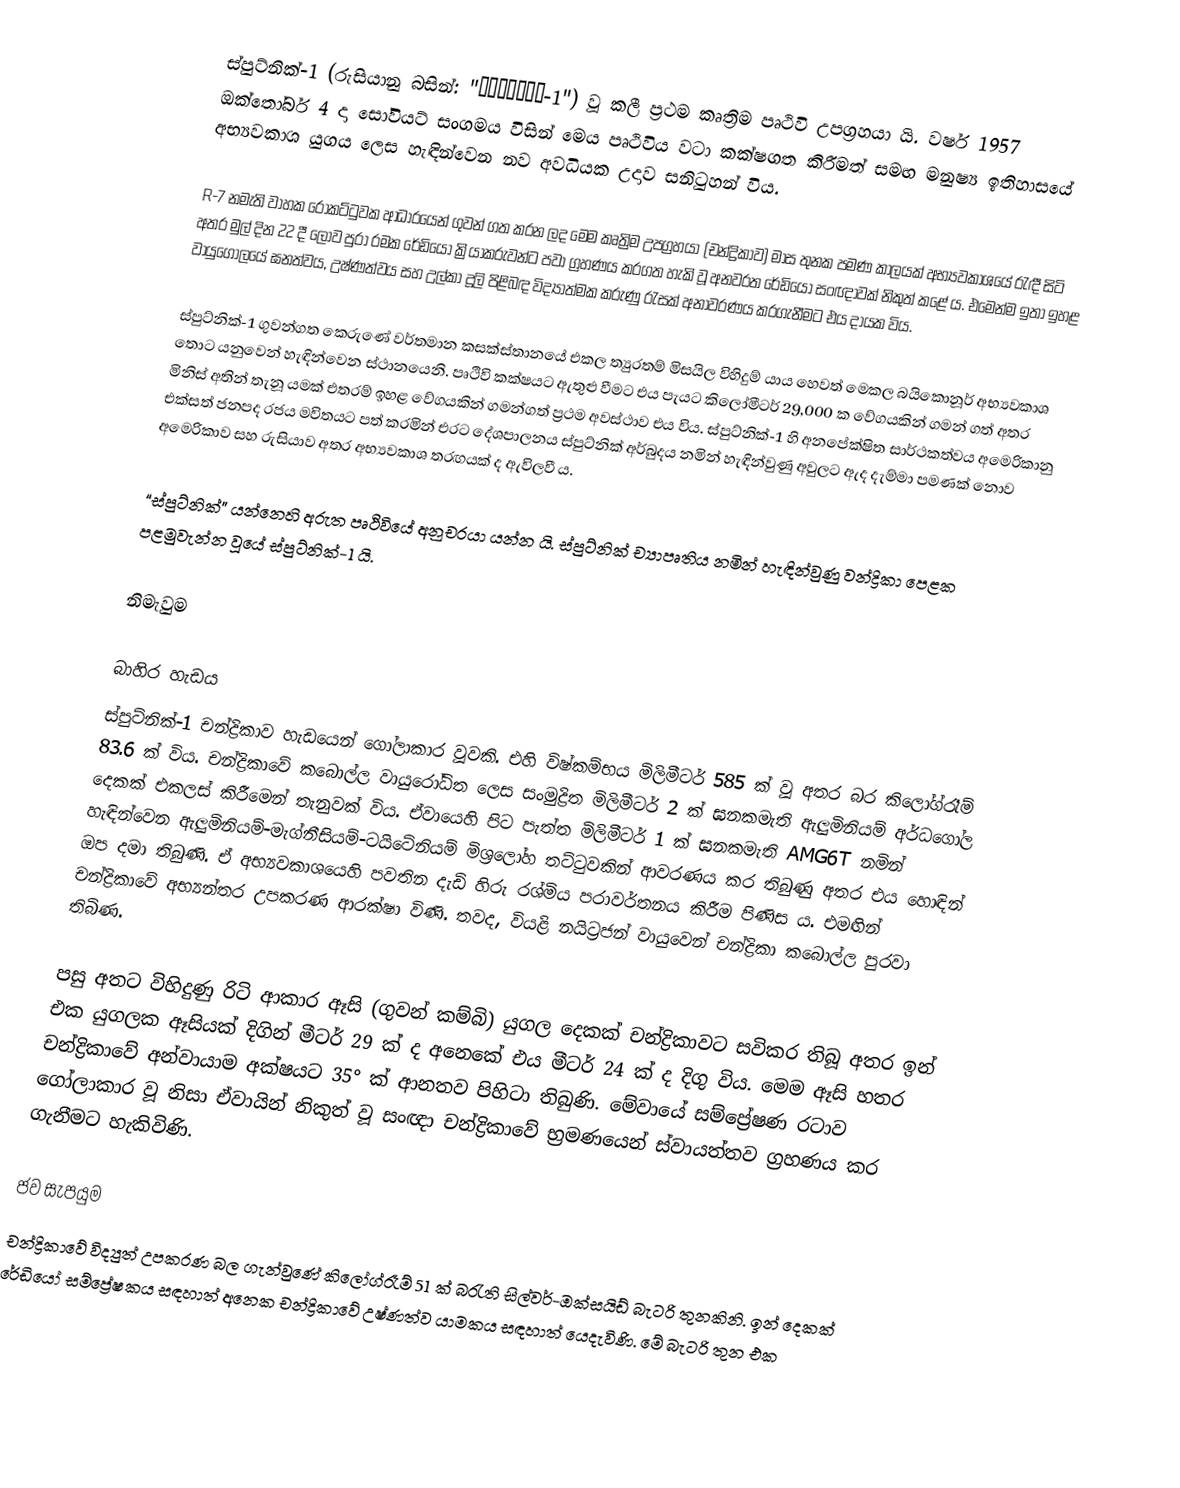
ස්පුට්නික්-1 (රුසියානු බසින්: "Спутник-1") වූ කලී ප්‍රථම කෘත්‍රිම පෘථිවි උපග්‍රහයා යි. වර්ෂ 1957 ඔක්තෝබර් 4 දා සෝවියට් සංගමය විසින් මෙය පෘථිවිය වටා කක්ෂගත කිරීමත් සමඟ මනුෂ්‍ය ඉතිහාසයේ අභ්‍යවකාශ යුගය ලෙස හැඳින්වෙන නව අවධියක උදාව සනිටුහන් විය.

R-7 නමැති වාහක රොකට්ටුවක ආධාරයෙන් ගුවන් ගත කරන ලද මෙම කෘත්‍රිම උපග්‍රහයා (චන්ද්‍රිකාව) මාස තුනක පමණ කාලයක් අභ්‍යවකාශයේ රැඳී සිටි අතර මුල් දින 22 දී ලොව පුරා රමක රේඩියෝ ක්‍රියාකරුවන්ට පවා ග්‍රහණය කරගත හැකි වූ අනවරත රේඩියෝ සංඥාවක් නිකුත් කළේ ය. එමෙන්ම ඉතා ඉහළ වායුගෝලයේ ඝනත්වය, උෂ්ණත්වය සහ උල්කා දූලි පිළිබඳ විද්‍යාත්මක කරුණු රැසක් අනාවරණය කරගැනීමට එය දායක විය.

ස්පුට්නික්-1 ගුවන්ගත කෙරුණේ වර්තමාන කසක්ස්තානයේ එකල ත්‍යුරතම් මිසයිල විහිදුම් යාය හෙවත් මෙකල බයිකොනූර් අභ්‍යවකාශ තොට යනුවෙන් හැඳින්වෙන ස්ථානයෙනි. පෘථිවි කක්ෂයට ඇතුළු වීමට එය පැයට කිලෝමීටර් 29,000 ක වේගයකින් ගමන් ගත් අතර මිනිස් අතින් තැනූ යමක් එතරම් ඉහළ වේගයකින් ගමන්ගත් ප්‍රථම අවස්ථාව එය විය. ස්පුට්නික්-1 හි අනපේක්ෂිත සාර්ථකත්වය අමෙරිකානු එක්සත් ජනපද රජය මවිතයට පත් කරමින් එරට දේශපාලනය ස්පුට්නික් අර්බුදය නමින් හැඳින්වුණු අවුලට ඇද දැම්මා පමණක් නොව අමෙරිකාව සහ රුසියාව අතර අභ්‍යවකාශ තරඟයක් ද ඇවිලවී ය.

“ස්පුට්නික්” යන්නෙහි අරුත පෘථිවියේ අනුචරයා යන්න යි. ස්පුට්නික් ච්‍යාපෘතිය නමින් හැඳින්වුණු වන්ද්‍රිකා පෙළක පළමුවැන්න වූයේ ස්පුට්නික්-1 යි.

නිමැවුම

බාහිර හැඩය
ස්පුට්නික්-1 චන්ද්‍රිකාව හැඩයෙන් ගෝලාකාර වූවකි. එහි විෂ්කම්භය මිලිමීටර් 585 ක් වූ අතර බර කිලෝග්රෑම් 83.6 ක් විය. චන්ද්‍රිකාවේ කබොල්ල වායුරෝධිත ලෙස සංමුද්‍රිත මිලිමීටර් 2 ක් ඝනකමැති ඇලුමිනියම් අර්ධගෝල දෙකක් එකලස් කිරීමෙන් තැනුවක් විය. ඒවායෙහි පිට පැත්ත මිලිමීටර් 1 ක් ඝනකමැති AMG6T නමින් හැඳින්වෙන ඇලුමිනියම්-මැග්නීසියම්-ටයිටේනියම් මිශ්‍රලෝහ තට්ටුවකින් ආවරණය කර තිබුණු අතර එය හොඳින් ඔප දමා තිබුණි. ඒ අභ්‍යවකාශයෙහි පවතින දැඩි හිරු රශ්මිය පරාවර්තනය කිරීම පිණිස ය. එමඟින් චන්ද්‍රිකාවේ අභ්‍යන්තර උපකරණ ආරක්ෂා විණි. තවද, වියළි නයිට්‍රජන් වායුවෙන් චන්ද්‍රිකා කබොල්ල පුරවා තිබිණ.

පසු අතට විහිදුණු රිටි ආකාර ඈසි (ගුවන් කම්බි) යුගල දෙකක් චන්ද්‍රිකාවට සවිකර තිබූ අතර ඉන් එක යුගලක ඈසියක් දිගින් මීටර් 29 ක් ද අනෙකේ එය මීටර් 24 ක් ද දිගු විය. මෙම ඈසි හතර චන්ද්‍රිකාවේ අන්වායාම අක්ෂයට 35° ක් ආනතව පිහිටා තිබුණි. මේවායේ සම්ප්‍රේෂණ රටාව ගෝලාකාර වූ නිසා ඒවායින් නිකුත් වූ සංඥා චන්ද්‍රිකාවේ භ්‍රමණයෙන් ස්වායත්තව ග්‍රහණය කර ගැනීමට හැකිවිණි.

ජව සැපයුම
චන්ද්‍රිකාවේ විද්‍යුත් උපකරණ බල ගැන්වුණේ කිලෝග්රෑම් 51 ක් බරැති සිල්වර්-ඔක්සයිඩ් බැටරි තුනකිනි. ඉන් දෙකක් රේඩියෝ සම්ප්‍රේෂකය සඳහාත් අනෙක චන්ද්‍රිකාවේ උෂ්ණත්ව යාමකය සඳහාත් යෙදැවිණි. මේ බැටරි තුන එක